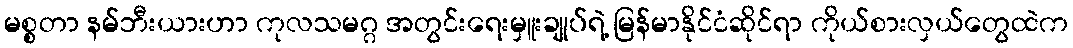
မစ္စတာ နမ်ဘီးယားဟာ ကုလသမဂ္ဂ အတွင်းရေးမှူးချုပ်ရဲ့ မြန်မာနိုင်ငံဆိုင်ရာ ကိုယ်စားလှယ်တွေထဲက